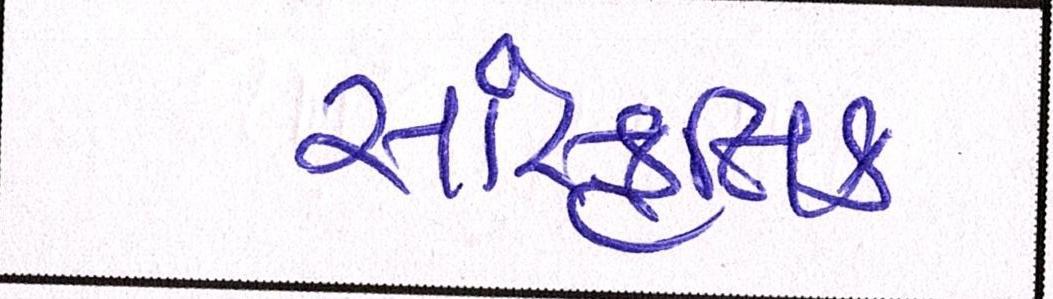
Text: સાંસ્કૃતિક